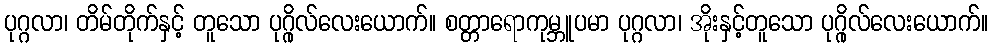
ပုဂ္ဂလာ၊ တိမ်တိုက်နှင့် တူသော ပုဂ္ဂိုလ်လေးယောက်။ စတ္တာရောကုမ္ဘူပမာ ပုဂ္ဂလာ၊ အိုးနှင့်တူသော ပုဂ္ဂိုလ်လေးယောက်။